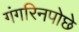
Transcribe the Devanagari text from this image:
गंगरिनपोछे